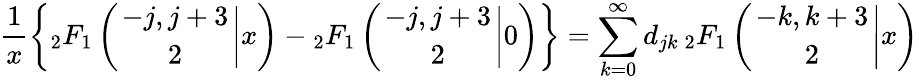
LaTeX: \frac{1}{x}\left\{ {_2F_{1}}\left(\left.{-j,j+3\atop 2}\right|x\right)-{_2F_{1}}\left(\left.{-j,j+3\atop 2}\right|0\right)\right\} =\sum_{k=0}^{\infty}d_{jk}\, {_2F_{1}}\left(\left.{-k,k+3\atop 2}\right|x\right)